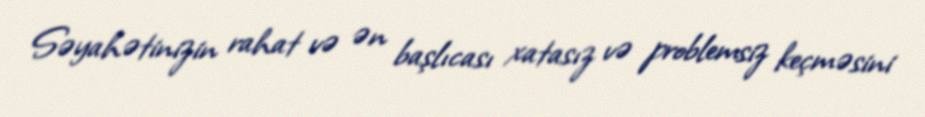
Səyahətinizin rahat və ən başlıcası xatasız və problemsiz keçməsini